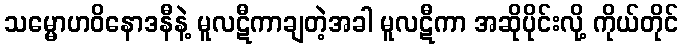
သမ္မောဟဝိနောဒနီနဲ့ မူလဋီကာချတဲ့အခါ မူလဋီကာ အဆိုပိုင်းလို့ ကိုယ်တိုင်